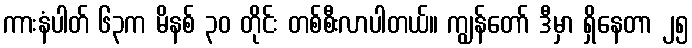
ကားနံပါတ် ၆၃က မိနစ် ၃၀ တိုင်း တစ်စီးလာပါတယ်။ ကျွန်တော် ဒီမှာ ရှိနေတာ ၂၅